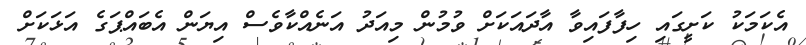
އެކަމަކު ކަށީގައި ހިފާފައިވާ އާދައަކަށް ވުމުން މިއަދު އަނެއްކާވެސް އިޔަން އެބައްޕަގެ އަޅަކަށް